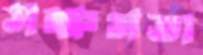
সক্ষমতা